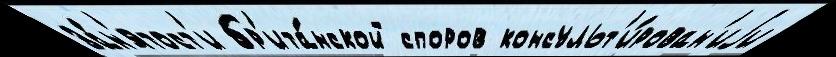
за́н'ятост'и бр'ита́нской споров консульт'и́рован'иjи